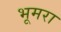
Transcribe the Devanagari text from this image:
भूमरा